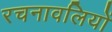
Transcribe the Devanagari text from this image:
रचनावलियों